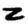
Digit: 2